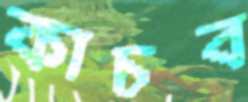
কাচব